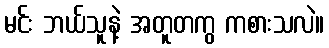
မင်း ဘယ်သူနဲ့ အတူတကွ ကစားသလဲ။